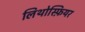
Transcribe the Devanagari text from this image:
लिथोस्फ़ियर